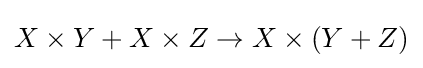
X\times Y+X\times Z\to X\times (Y+Z)